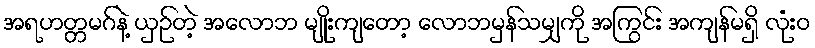
အရဟတ္တမဂ်နဲ့ ယှဉ်တဲ့ အလောဘ မျိုးကျတော့ လောဘမှန်သမျှကို အကြွင်း အကျန်မရှိ လုံးဝ